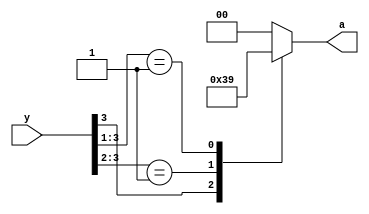
`timescale 1ns / 1ps
//////////////////////////////////////////////////////////////////////////////////
// Company: 
// Engineer: 
// 
// Design Name: 
// Module Name: priority_encoder
// Project Name: 
// Target Devices: 
// Tool Versions: 
// Description: 
// 
// Dependencies: 
// 
// Revision:
// Revision 0.01 - File Created
// Additional Comments:
// 
//////////////////////////////////////////////////////////////////////////////////


module priority_encoder(
    input [3:0] y,
    output reg [1:0] a
    );
    
    always @ (y) begin
        casex (y)
            4'b1xxx : a = 2'b11;
            4'b01xx : a = 2'b10;
            4'b001x : a = 2'b01;
            4'b0001 : a = 2'b00;
            default : a = 2'b00;
         endcase
    end
    
endmodule